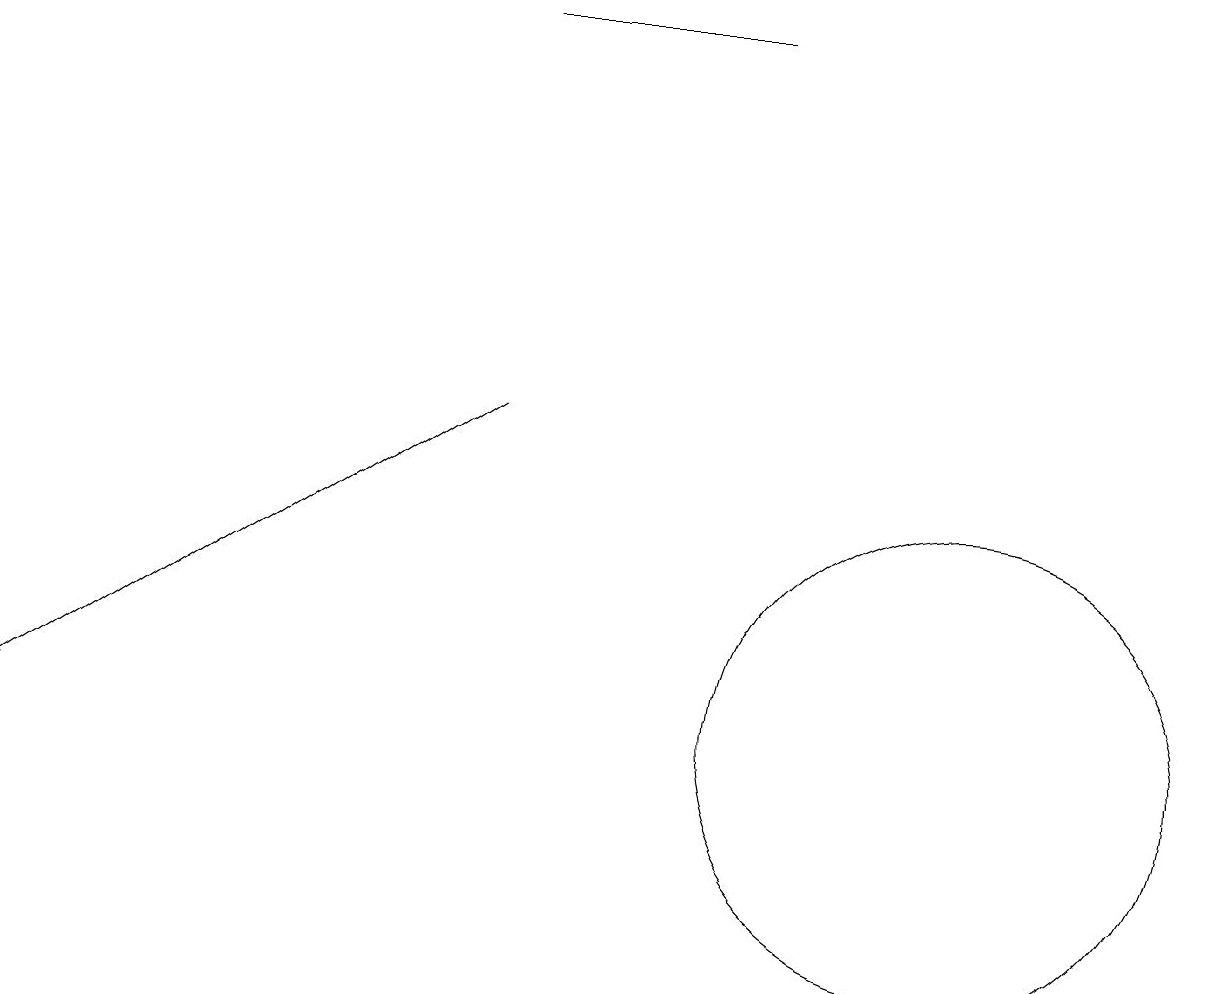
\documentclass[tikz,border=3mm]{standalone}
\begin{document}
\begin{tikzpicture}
\draw[->] (6,14) -- (0,10);
\draw (9,19) rectangle (6,19);
\draw (12,10) circle (3);
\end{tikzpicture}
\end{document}